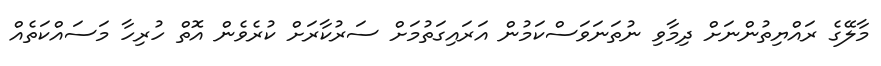
މާލޭގެ ރައްޔިތުންނަށް ދިމާވި ނުތަނަވަސްކަމުން އަރައިގަތުމަށް ސަރުކާރަށް ކުރެވެން އޮތް ހުރިހާ މަސައްކަތެއް